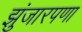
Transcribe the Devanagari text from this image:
झुंजारपणा